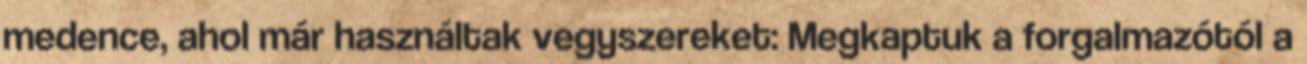
medence, ahol már használtak vegyszereket: Megkaptuk a forgalmazótól a